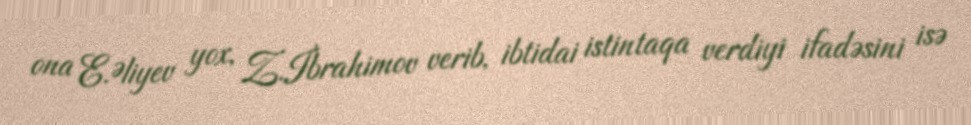
ona E.Əliyev yox, Z.İbrahimov verib, ibtidai istintaqa verdiyi ifadəsini isə